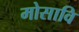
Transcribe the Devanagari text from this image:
मोसावि